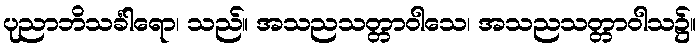
ပုညာဘိသင်္ခါရော၊ သည်။ အသညသတ္တာဝါသေ၊ အသညသတ္တာဝါသ၌။